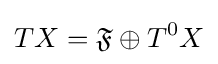
TX={\mathfrak {F}}\oplus T^{0}X